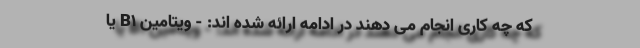
که چه کاری انجام می دهند در ادامه ارائه شده اند: - ویتامین B1 یا